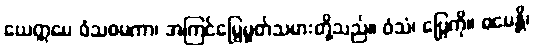
ယေဣမေ ဝံသဓမကာ၊ အကြင်မြွေမှုတ်သမားတို့သည်။ ဝံသံ၊ ပြွေကို။ ဓမေန္တိ၊